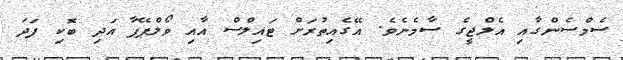
ސެމްސެންގާއި އެލްޖީގެ ސާމެނެވެ. އޭގެއިތުރަށް ޓައިލްސް އާއި ވޯލްޕޭޕާ އަދި ބޮކި ފަދަ